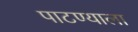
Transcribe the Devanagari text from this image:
पाटण्याला